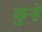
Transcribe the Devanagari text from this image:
कुऱ्हे